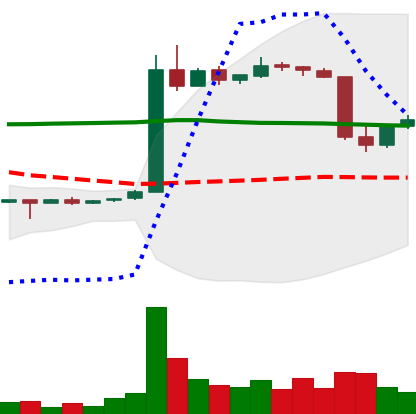
Ticker: LTC-USD
Chart end date: 2015-06-03
Forward return: 5.884%
Label: up_5_7